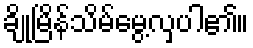
ချိုမြိန်သိမ်မွေ့လှပါ၏။